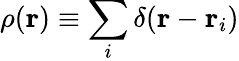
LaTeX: \rho(\mathbf{r})\equiv\sum_{i}\delta(\mathbf{r}-\mathbf{r}_{i})